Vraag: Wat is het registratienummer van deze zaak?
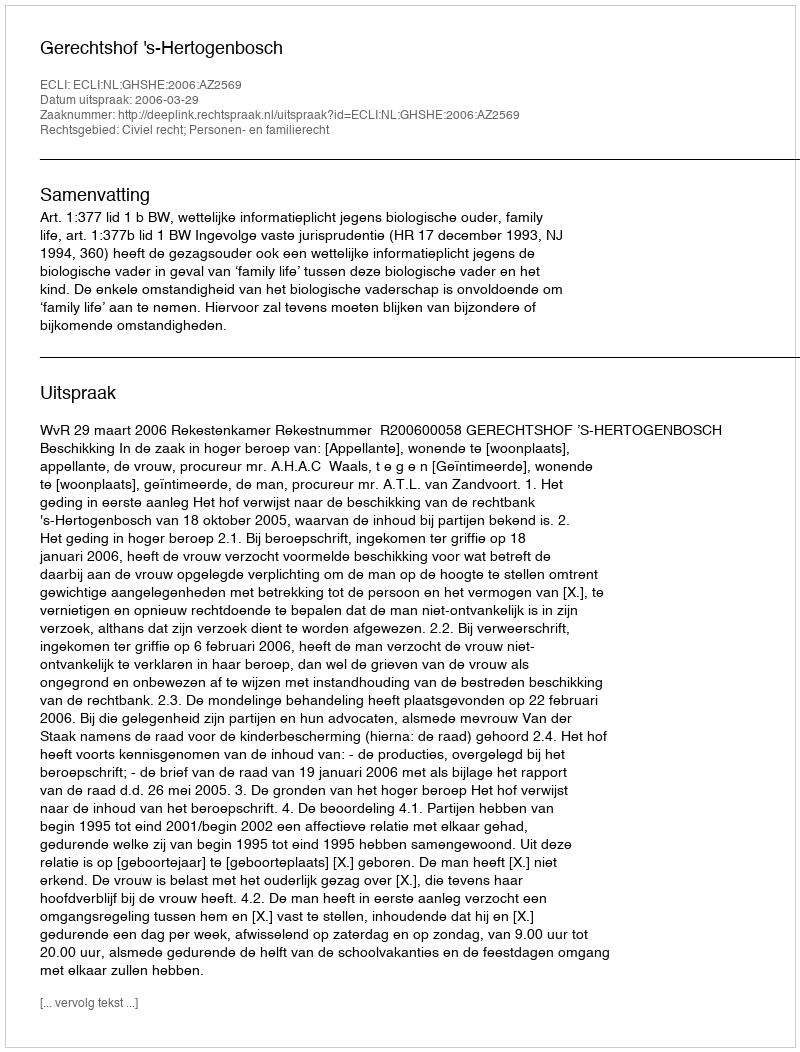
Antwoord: http://deeplink.rechtspraak.nl/uitspraak?id=ECLI:NL:GHSHE:2006:AZ2569